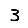
Digit: 3